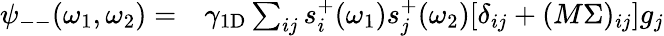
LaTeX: \begin{array}{rl}{\psi_{--}(\omega_{1},\omega_{2})=}&{{}\gamma_{\mathrm{1D}}\sum_{ij}s_{i}^{+}(\omega_{1})s_{j}^{+}(\omega_{2})[\delta_{ij}+(M\Sigma)_{ij}]g_{j}}\end{array}